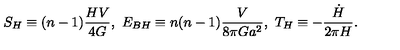
S _ { H } \equiv ( n - 1 ) { \frac { H V } { 4 G } } , \ E _ { B H } \equiv n ( n - 1 ) { \frac { V } { 8 \pi G a ^ { 2 } } } , \ T _ { H } \equiv - { \frac { \dot { H } } { 2 \pi H } } .